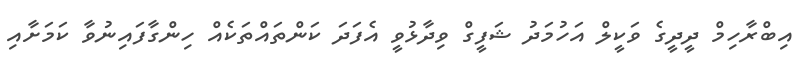
އިބްރާހިމް ދީދީގެ ވަކީލް އަހުމަދު ޝަފީގް ވިދާޅުވީ އެފަދަ ކަންތައްތަކެއް ހިންގާފައިނުވާ ކަމަށާއި